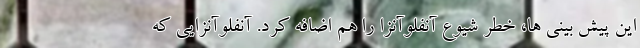
این پیش بینی ها، خطر شیوع آنفلوآنزا را هم اضافه کرد. آنفلوآنزایی که